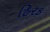
હિરક